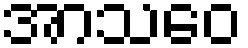
အာသဝေ